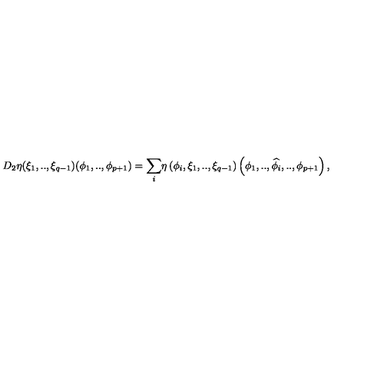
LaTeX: \! \! D _ { 2 } \eta ( { \xi } _ { 1 } , . . , { \xi } _ { q - 1 } ) ( { \phi } _ { 1 } , . . , { \phi } _ { p + 1 } ) = { \displaystyle \sum _ { i } } \eta \left( { \phi } _ { i } , { \xi } _ { 1 } , . . , { \xi } _ { q - 1 } \right) \left( { \phi } _ { 1 } , . . , \widehat { { \phi } _ { i } } , . . , { \phi } _ { p + 1 } \right) ,